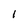
Character: 1